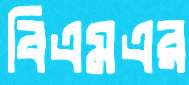
বিএমএর